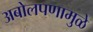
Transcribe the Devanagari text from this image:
अबोलपणामुळे